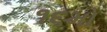
૧૬મો